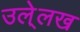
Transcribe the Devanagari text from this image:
उले्लख